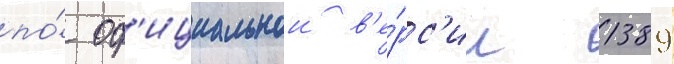
по́ оф'ициальнои в'е́рс'ии 1389